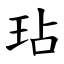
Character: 玷